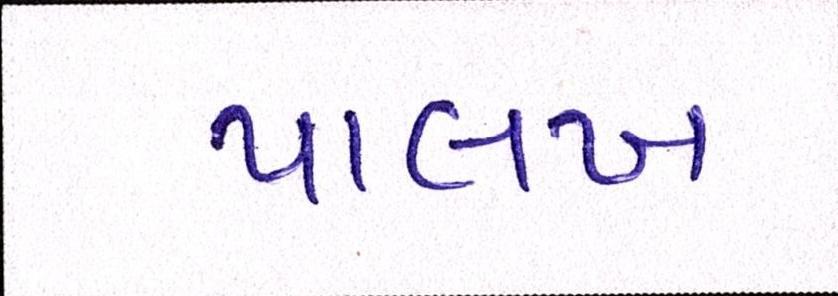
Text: પાલખ